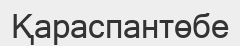
Қараспантөбе